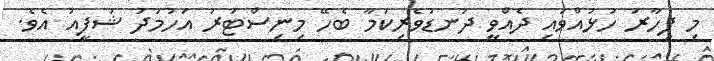
މި ފިހާރަ ހުޅުއްވައި ދެއްވީ ދަނޑުވެރިކަމާ ބެހޭ މިނިސްޓަރު އަހުމަދު ޝަފީއު އެވެ.